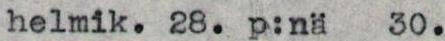
helmik. 28. p:nä   30.